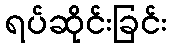
ရပ်ဆိုင်းခြင်း